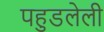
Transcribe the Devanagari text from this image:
पहुडलेली